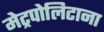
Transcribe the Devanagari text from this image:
मेट्रपोलिटाना